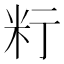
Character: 𥸰